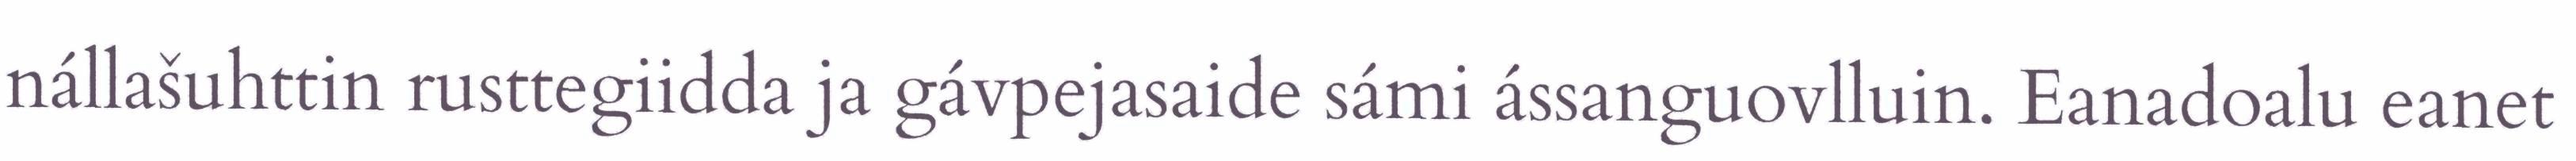
nállašuhttin rusttegiidda ja gávpejasaide sámi ássanguovlluin. Eanadoalu eanet